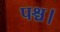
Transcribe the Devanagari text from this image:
पश्च।